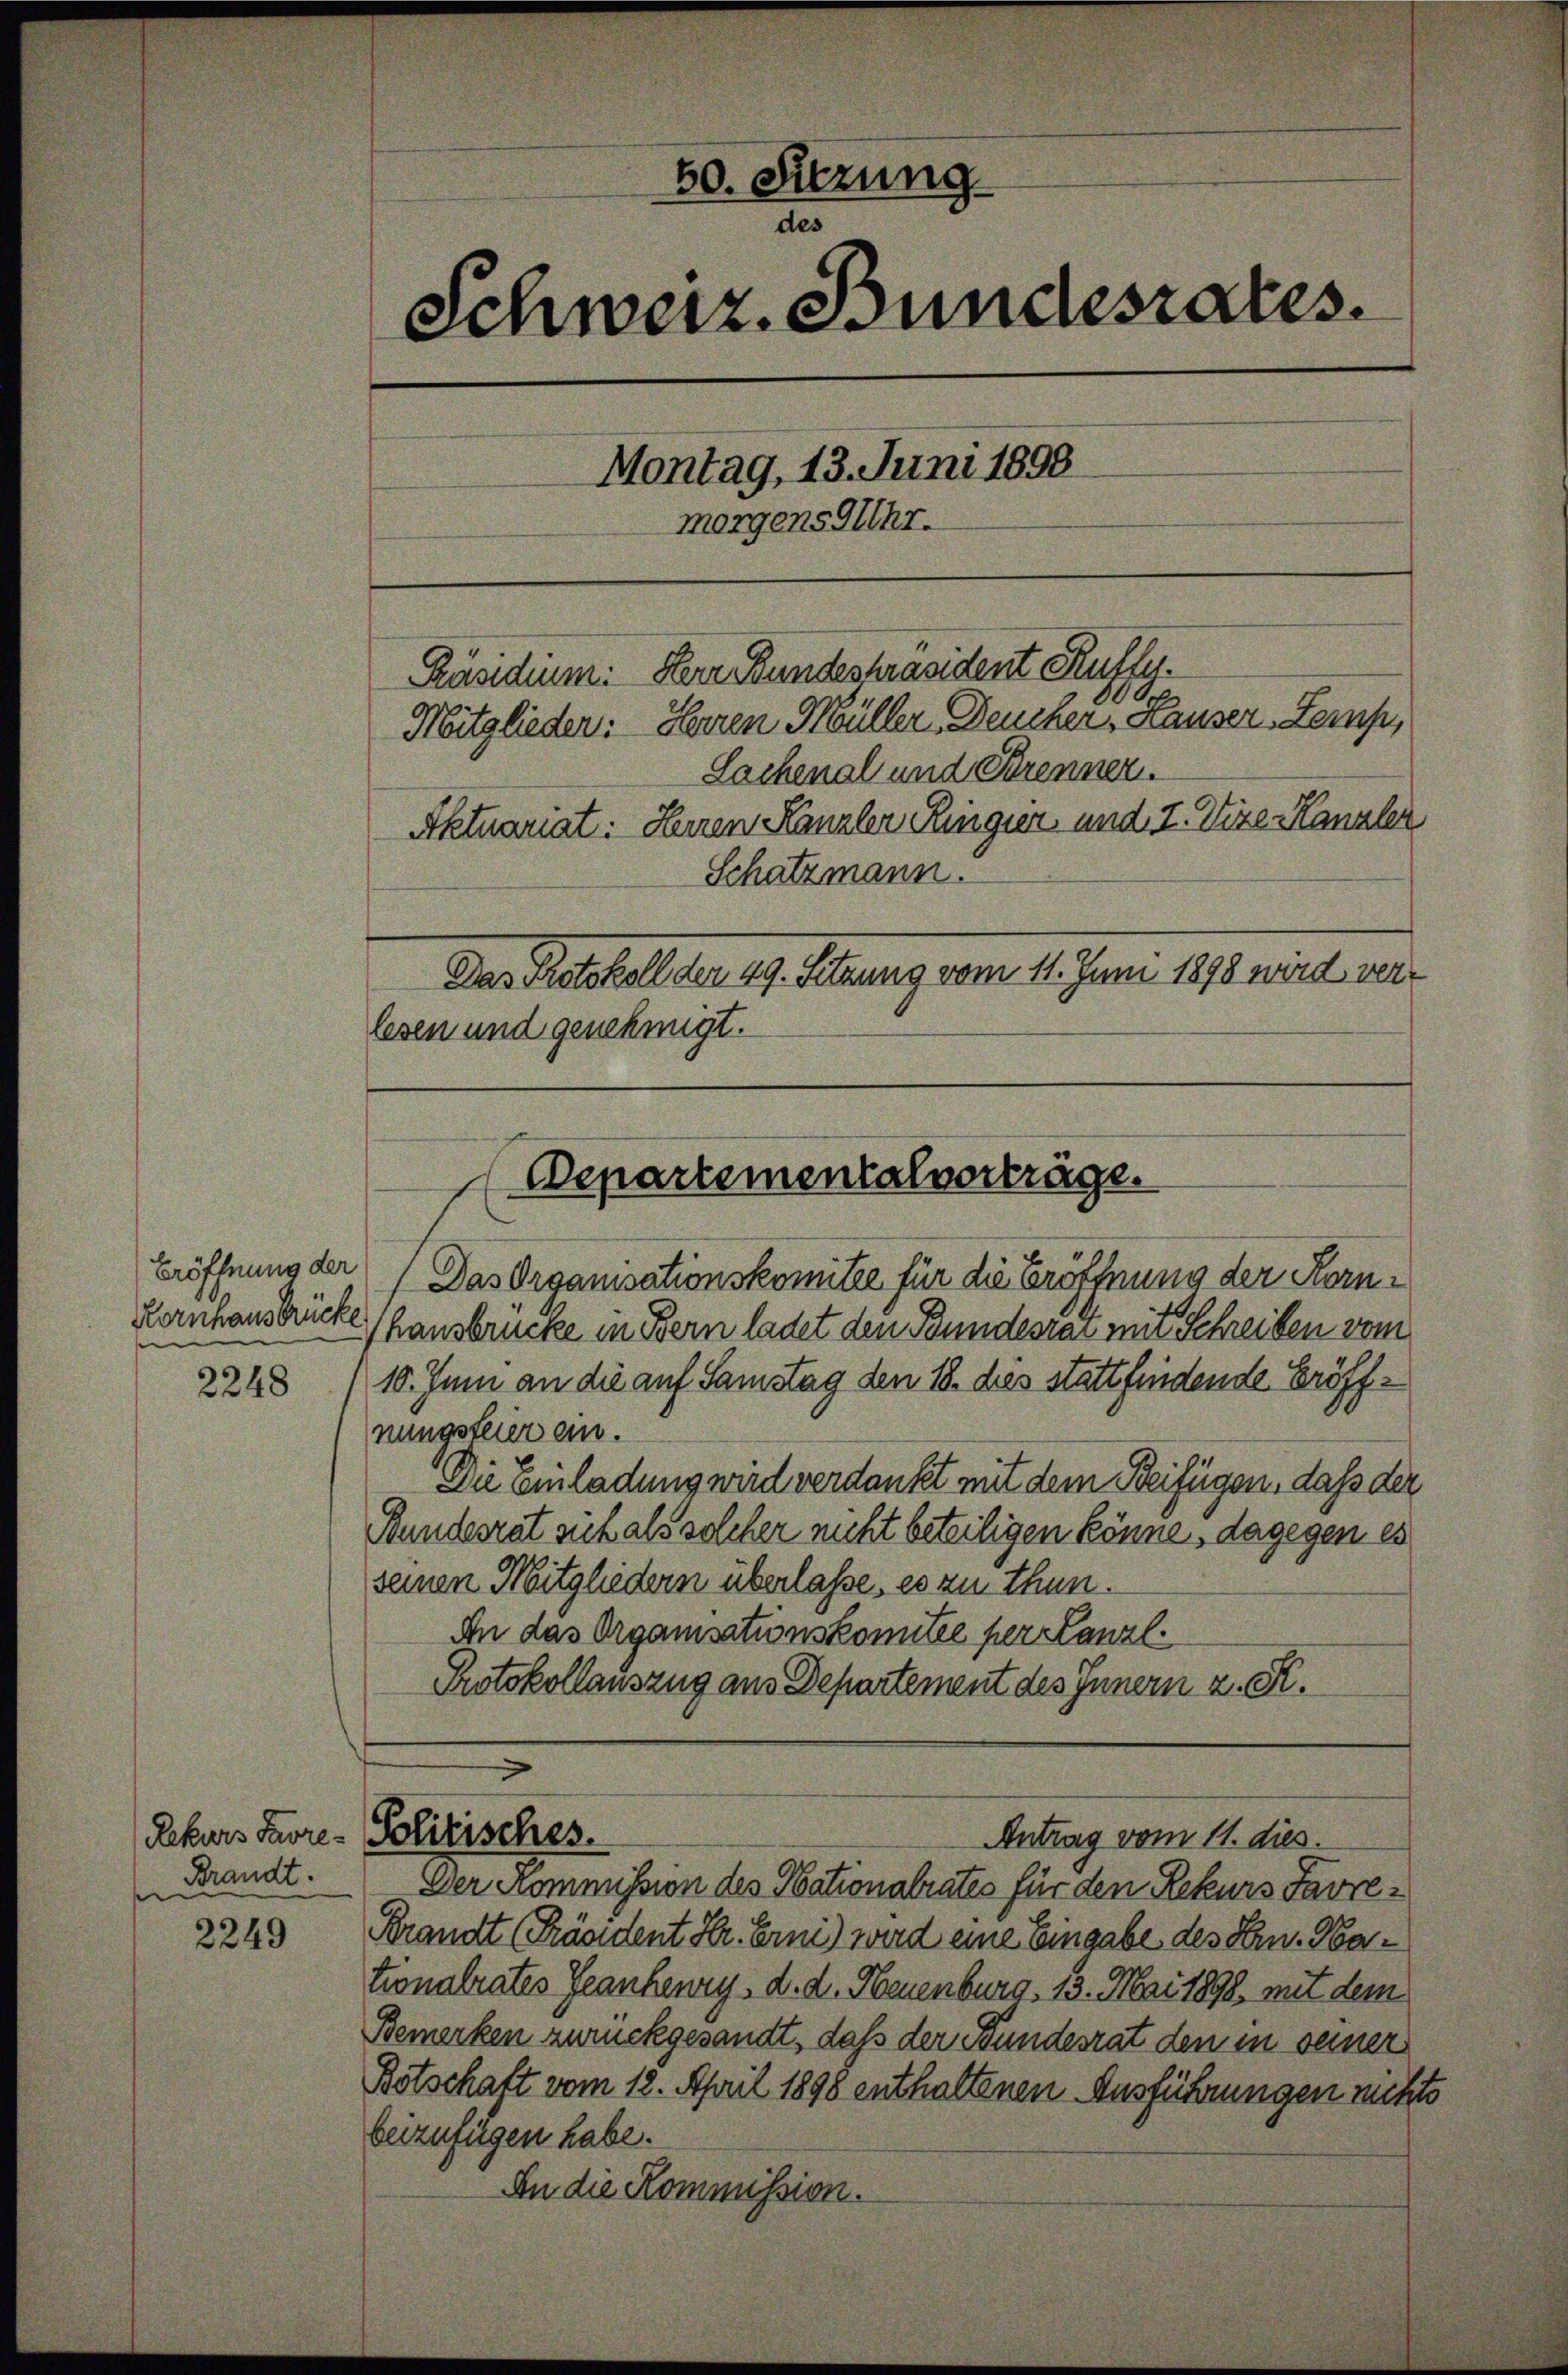
Eröffnung der
Kornhausbrücke
2248

Rekurs Favre-
Brandt.

2249

60. Sitzung.
des
Schweiz. Bundesrates.
Montag, 13. Juni 1899
morgens Glihr.
Präsidium. Herr Bundespräsident Kuffy.
Herren Müller, Deucher, Hauser, Lemp,
Mitglieder:
Sachenal und Brenner.
Aktuariat: Herren Kanzler Ringier, und 2. Vize-Kanzler
Schatzmann.
Das Protokoll den 49. Setzung vom 11. Juni 1898 wird verlesen und genehmigt.

(Das Organisationskomitze für die Eröffnung der Kornhausbrücke in Bern ladet den Bundesrat mit Schreiben vom
10. Juni an die auf Samstag den 18. dies stattfindende Eröffnungsteier ein.
Die Einladung wird verdankt mit dem Beifügen, daß der
Bundesrat sich als solcher nicht beteiligen könne, dagegen es
seinen Mitgliedern überlasse, es zu thun.
An das Organisationskomitée per Canzl
Protokollauszug aus Departement des Innern z. St.

Der Kommission des Nationalrates für den Rekurs Favre¬
Brandt (Präsident Hr. Erni) wird eine Eingabe des Hrn. Hationalrates Jeankenry d. d. Neuenburg. 13. Mai 1898 mit dem
Bemerken zurückgesandt, daß der Bundesrat den in seiner
Botschaft vom 12. April 1898 enthaltenen Ausführungen nichts
beizufügen habe.
An die Kommission.

(Departementalverträge.

Politisches.
Antrag vom 11. dies